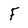
Character: F